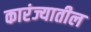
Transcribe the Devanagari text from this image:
कारंज्यातील